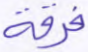
فرقة